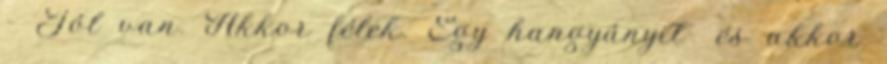
- Jól van. Akkor félek. Egy hangyányit- és akkor